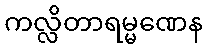
ကလ္လိတာရမ္မဏေန